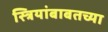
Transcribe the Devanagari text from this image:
स्त्रियांबाबतच्या